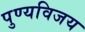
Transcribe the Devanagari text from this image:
पुण्यविजय